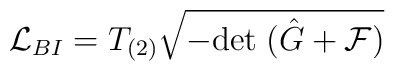
{\cal L}_{BI} = T_{(2)} \sqrt{-{\rm det}\;(\hat G +{\cal F})}